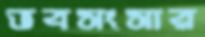
ভবসংসার